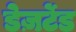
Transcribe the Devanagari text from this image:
डेज़र्टेड